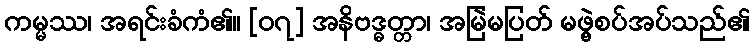
ကမ္မဿ၊ အရင်းခံကံ၏။ [၀၇] အနိဗဒ္ဓတ္တာ၊ အမြဲမပြတ် မဖွဲ့စပ်အပ်သည်၏